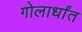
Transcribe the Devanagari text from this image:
गोलार्धांत